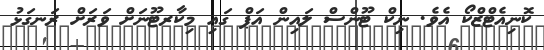
ކޮނިއެޓްޒްކޯ އެވެ. ނިކް ޓޫންސް ލައިން އަޕް ގައި މިކާރޓޫނަށް ވަރަށް ރަނގަޅު